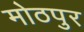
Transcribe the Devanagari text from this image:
मोठपुर